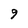
Character: 9